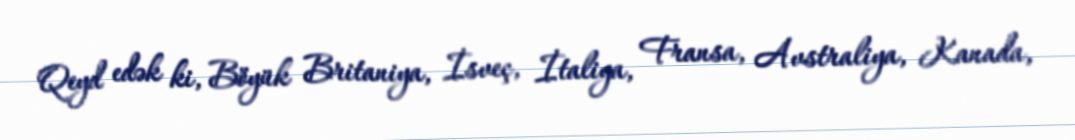
Qeyd edək ki, Böyük Britaniya, İsveç, İtaliya, Fransa, Avstraliya, Kanada,